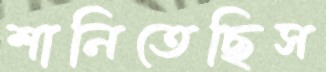
শানিতেছিস